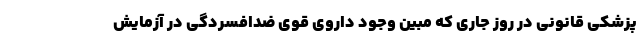
پزشکی قانونی در روز جاری که مبین وجود داروی قوی ضدافسردگی در آزمایش